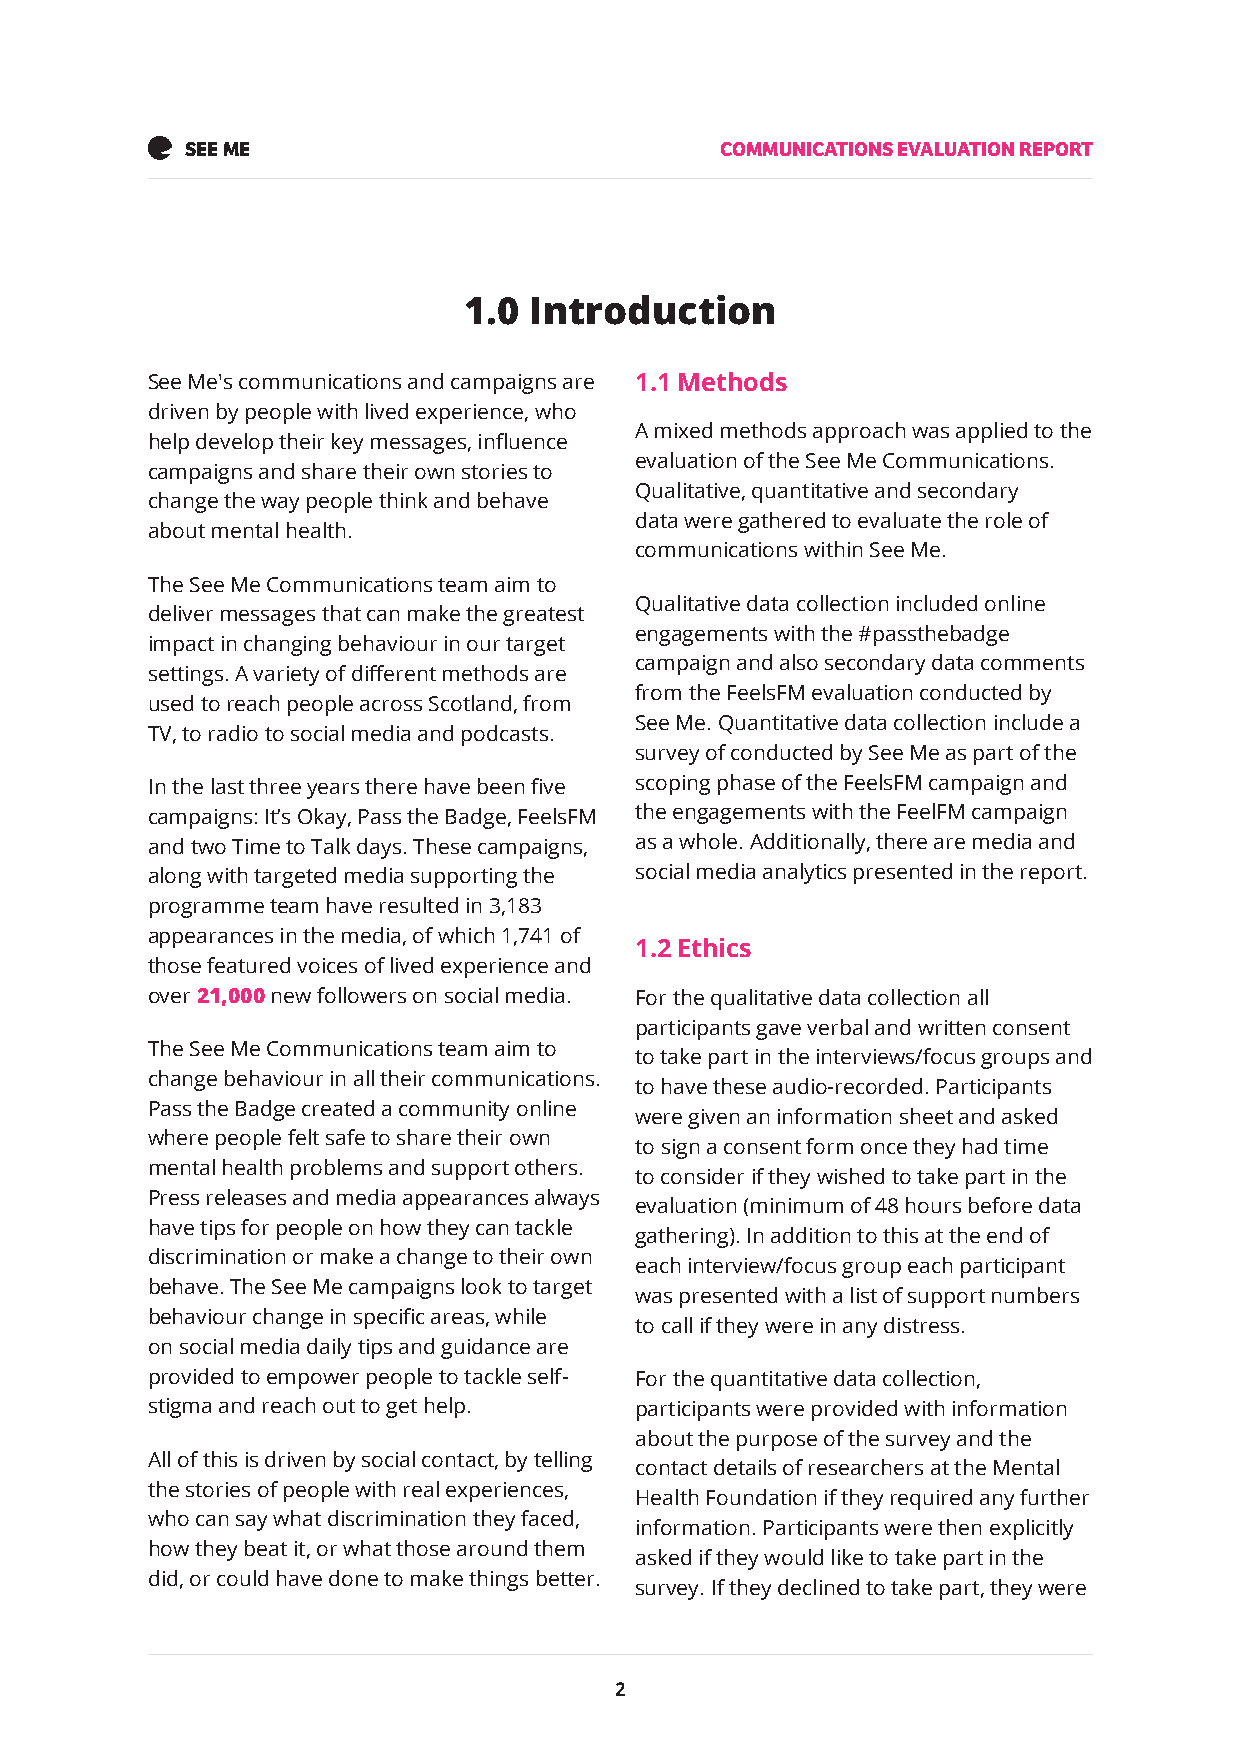
SEE ME                              COMMUNICATIONS EVALUATION REPORT
 1.0 Introduction
 See Me's communications and campaigns are 1.1 Methods
 driven by people with lived experience, who
 A mixed methods approach was applied to the
 help develop their key messages, influence
 evaluation of the See Me Communications.
 campaigns and share their own stories to
 Qualitative, quantitative and secondary
 change the way people think and behave
 data were gathered to evaluate the role of
 about mental health.
 communications within See Me.
 The See Me Communications team aim to
 Qualitative data collection included online
 deliver messages that can make the greatest
 engagements with the #passthebadge
 impact in changing behaviour in our target
 campaign and also secondary data comments
 settings. A variety of different methods are
 from the FeelsFM evaluation conducted by
 used to reach people across Scotland, from
 See Me. Quantitative data collection include a
 TV, to radio to social media and podcasts.
 survey of conducted by See Me as part of the
 In the last three years there have been five scoping phase of the FeelsFM campaign and
 campaigns: It’s Okay, Pass the Badge, FeelsFM the engagements with the FeelFM campaign
 and two Time to Talk days. These campaigns, as a whole. Additionally, there are media and
 along with targeted media supporting the social media analytics presented in the report.
 programme team have resulted in 3,183
 appearances in the media, of which 1,741 of
 1.2 Ethics
 those featured voices of lived experience and
 over 21,000 new followers on social media. For the qualitative data collection all
 participants gave verbal and written consent
 The See Me Communications team aim to
 to take part in the interviews/focus groups and
 change behaviour in all their communications.
 to have these audio-recorded. Participants
 Pass the Badge created a community online
 were given an information sheet and asked
 where people felt safe to share their own
 to sign a consent form once they had time
 mental health problems and support others.
 to consider if they wished to take part in the
 Press releases and media appearances always
 evaluation (minimum of 48 hours before data
 have tips for people on how they can tackle
 gathering). In addition to this at the end of
 discrimination or make a change to their own
 each interview/focus group each participant
 behave. The See Me campaigns look to target
 was presented with a list of support numbers
 behaviour change in specific areas, while
 to call if they were in any distress.
 on social media daily tips and guidance are
 provided to empower people to tackle self- For the quantitative data collection,
 stigma and reach out to get help. participants were provided with information
 about the purpose of the survey and the
 All of this is driven by social contact, by telling
 contact details of researchers at the Mental
 the stories of people with real experiences,
 Health Foundation if they required any further
 who can say what discrimination they faced,
 information. Participants were then explicitly
 how they beat it, or what those around them
 asked if they would like to take part in the
 did, or could have done to make things better.
 survey. If they declined to take part, they were
 2